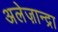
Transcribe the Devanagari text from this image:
अलेज़ान्द्रा